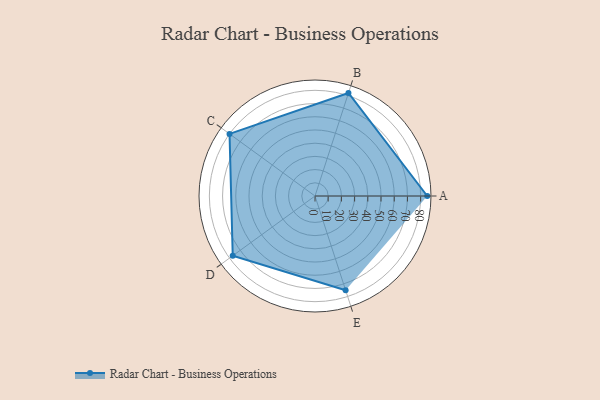
{"axis": {"x": "Skill", "y": "Score"}, "legend": ["Profile"], "data": [{"x": "A", "y": 85.0, "type": "Profile"}, {"x": "B", "y": 82.0, "type": "Profile"}, {"x": "C", "y": 80.0, "type": "Profile"}, {"x": "D", "y": 77.0, "type": "Profile"}, {"x": "E", "y": 75.0, "type": "Profile"}]}